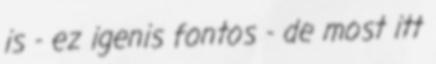
is - ez igenis fontos - de most itt